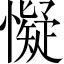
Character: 懝